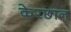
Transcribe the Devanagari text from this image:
केरछान